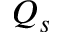
Q _ { s }